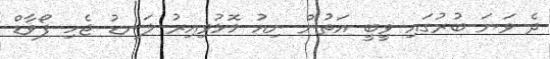
ދެ ވަނަ ބުރުގައި ވީބީ އަތުން ނިއު މޮޅުވިއިރު ލަނޑު ޖެހި ފޯވާޑް